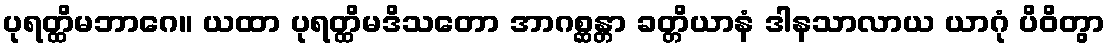
ပုရတ္ထိမဘာဂေ။ ယထာ ပုရတ္ထိမဒိသတော အာဂစ္ဆန္တာ ခတ္တိယာနံ ဒါနသာလာယ ယာဂုံ ပိဝိတွာ